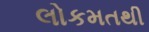
લોકમતથી